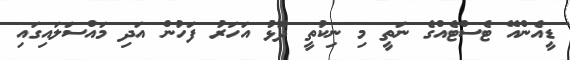
ޑީއެންއޭ ޓެސްޓެއްގެ ނަތީ މި ނިކުތީ ދޮޅު އަހަރު ފަހުން އަދި މައްސަލައިގައި